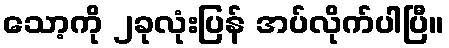
သော့ကို ၂ခုလုံးပြန် အပ်လိုက်ပါပြီ။